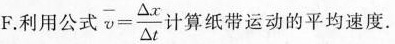
F.利用公式$$\overline { v } = \frac { \Delta x } { \Delta t }$$计算纸带运动的平均速度.